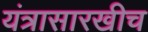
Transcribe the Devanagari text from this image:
यंत्रासारखीच